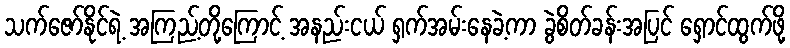
သက်ဇော်နိုင်ရဲ့ အကြည့်တို့ကြောင့် အနည်းငယ် ရှက်အမ်းနေခဲ့ကာ ခွဲစိတ်ခန်းအပြင် ရှောင်ထွက်ဖို့